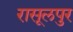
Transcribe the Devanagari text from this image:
रासूलपुर